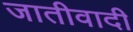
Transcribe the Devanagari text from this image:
जातीवादी